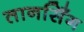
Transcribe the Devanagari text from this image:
तानसिँग